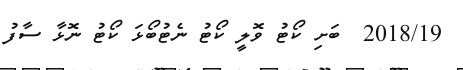
2018/19  ބަށި ކޯޓު ވޮލީ ކޯޓު ނެޓުބޯޅަ ކޯޓު ނޮޅާ ސާފު